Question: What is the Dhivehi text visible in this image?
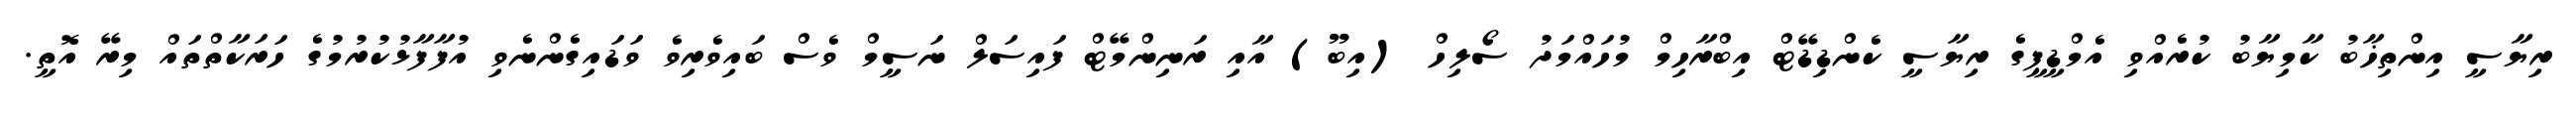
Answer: ރިޔާސީ އިންތިޚާބު ކާމިޔާބު ކުރެއްވި އެމްޑީޕީގެ ރިޔާސީ ކެންޑިޑޭޓް އިބްރާހިމް މުހައްމަދު ސޯލިހް (އިބޫ) އާއި ރަނިންމޭޓް ފައިސަލް ނަސީމް ވެސް ބައިވެރިވެ ވަޑައިގެންނެވި އުފާފާޅުކުރުމުގެ ހަރަކާތްތައް މިރޭ އޮތީ.